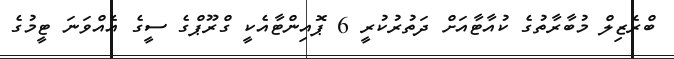
ބްރެޒިލް މުބާރާތުގެ ކުއާޓާއަށް ދަތުރުކުރީ 6 ޕޮއިންޓާއެކީ ގްރޫޕްގެ ސީގެ އެއްވަނަ ޓީމުގެ